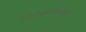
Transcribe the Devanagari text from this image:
दळणवळणांसाठी